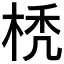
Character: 𣒇